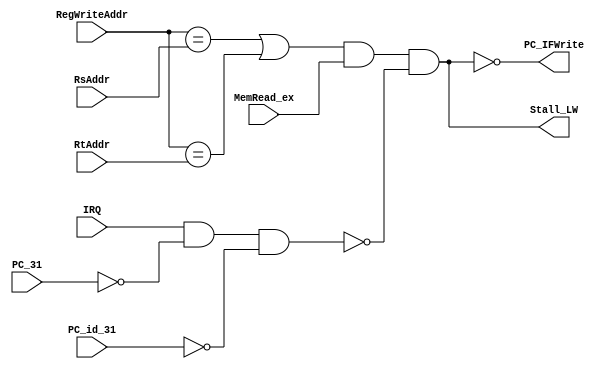
module ID_Hazard(MemRead_ex,RegWriteAddr,RsAddr,RtAddr,IRQ,PC_31,PC_id_31,
    Stall_LW,PC_IFWrite);
  input MemRead_ex;
  input [4:0]RegWriteAddr;
  input [4:0]RsAddr;
  input [4:0]RtAddr;
  input IRQ;
  input PC_31;
  input PC_id_31;
  output Stall_LW;
  output PC_IFWrite;
  
  assign Stall_LW=((RegWriteAddr==RsAddr)||(RegWriteAddr==RtAddr))&&MemRead_ex&&(~(IRQ==1&&~PC_31&&~PC_id_31));
  assign PC_IFWrite=~Stall_LW;
  
endmodule